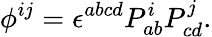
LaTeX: \phi^{ij}=\epsilon^{abcd}P_{ab}^{i}P_{cd}^{j}.